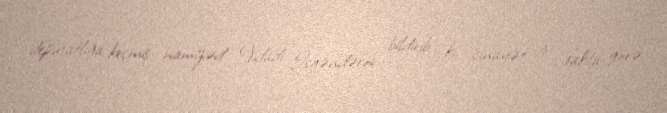
deputatlığa keçmiş namizəd Vidadi İsgəndərov bildirib ki, cinayət işi fakta görə